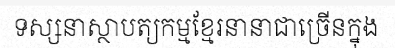
ទស្សនាស្ថាបត្យកម្មខ្មែរនានាជាច្រើនក្នុង